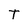
Character: T